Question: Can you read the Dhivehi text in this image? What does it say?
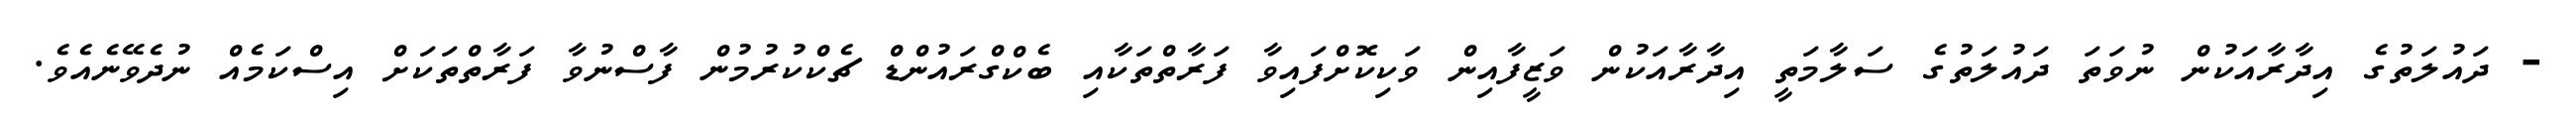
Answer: - ދައުލަތުގެ އިދާރާއަކުން ނުވަތަ ދައުލަތުގެ ސަލާމަތީ އިދާރާއަކުން ވަޒީފާއިން ވަކިކޮށްފައިވާ ފަރާތްތަކާއި ބެކްގްރައުންޑް ޗެކްކުރުމުން ފާސްނުވާ ފަރާތްތަކަށް އިސްކަމެއް ނުދެވޭނެއެވެ.